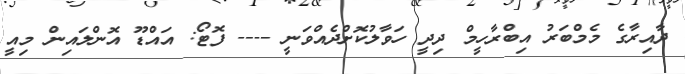
ދާއިރާގެ މެމްބަރު އިބްރާހީމް ދިދީ ހަވާލުކޮށްދެއްވަނީ ---- ފޮޓޯ: އައްޑޫ އޮންލައިން މިއީ